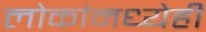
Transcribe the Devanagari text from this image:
लोकांमध्येही